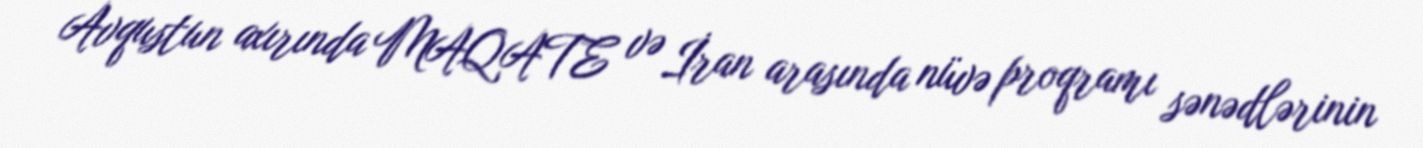
Avqustun axırında MAQATE və İran arasında nüvə proqramı sənədlərinin